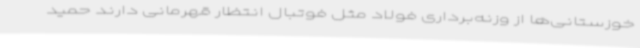
خوزستانی‌ها از وزنه‌برداری فولاد مثل فوتبال انتظار قهرمانی دارند حمید